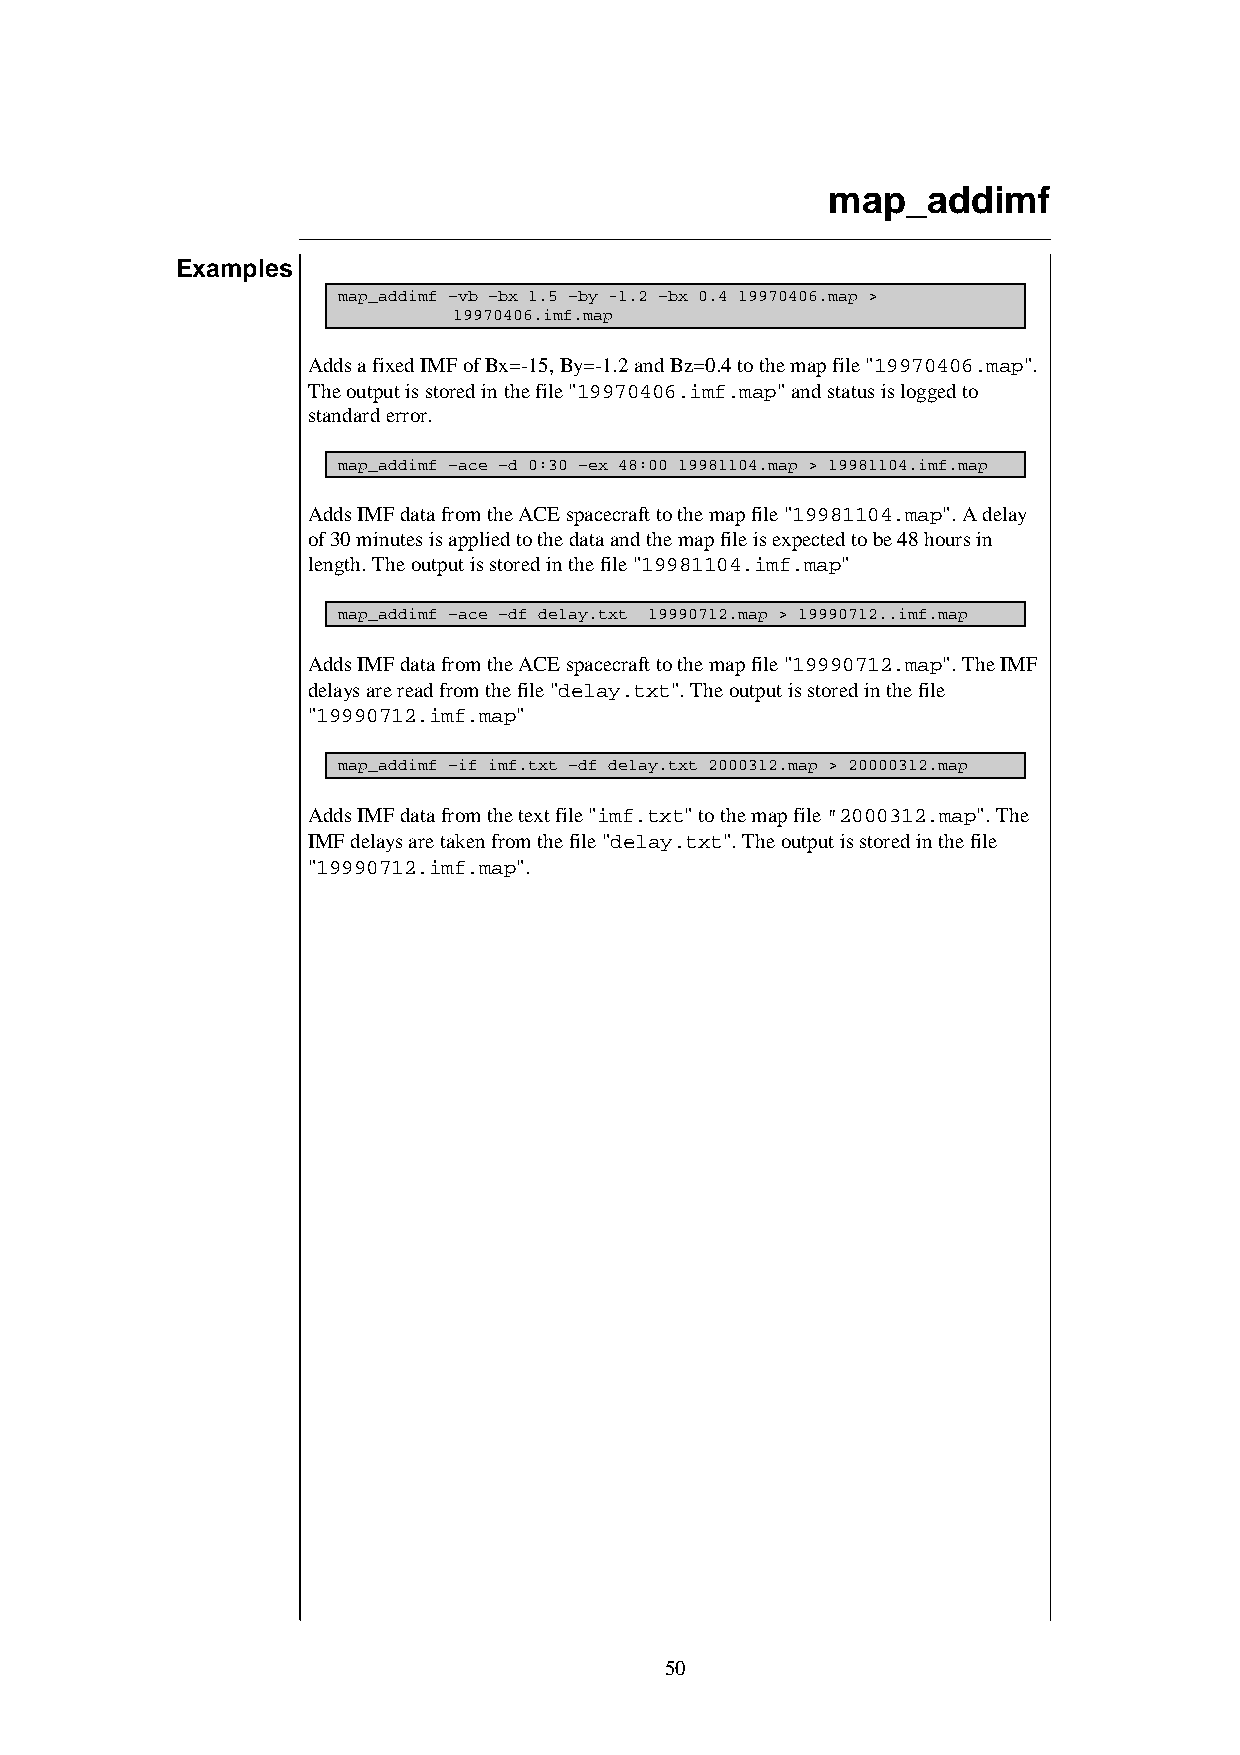
map_addimf
 Examples
 map_addimf –vb –bx 1.5 –by -1.2 –bx 0.4 19970406.map >
 19970406.imf.map
 Adds a fixed IMF of Bx=-15, By=-1.2 and Bz=0.4 to the map file "19970406.map".
 The output is stored in the file "19970406.imf.map" and status is logged to
 standard error.
 map_addimf –ace –d 0:30 –ex 48:00 19981104.map > 19981104.imf.map
 Adds IMF data from the ACE spacecraft to the map file "19981104.map". A delay
 of 30 minutes is applied to the data and the map file is expected to be 48 hours in
 length. The output is stored in the file "19981104.imf.map"
 map_addimf –ace –df delay.txt 19990712.map > 19990712..imf.map
 Adds IMF data from the ACE spacecraft to the map file "19990712.map". The IMF
 delays are read from the file "delay.txt". The output is stored in the file
 "19990712.imf.map"
 map_addimf –if imf.txt –df delay.txt 2000312.map > 20000312.map
 Adds IMF data from the text file "imf.txt" to the map file "2000312.map". The
 IMF delays are taken from the file "delay.txt". The output is stored in the file
 "19990712.imf.map".
 50